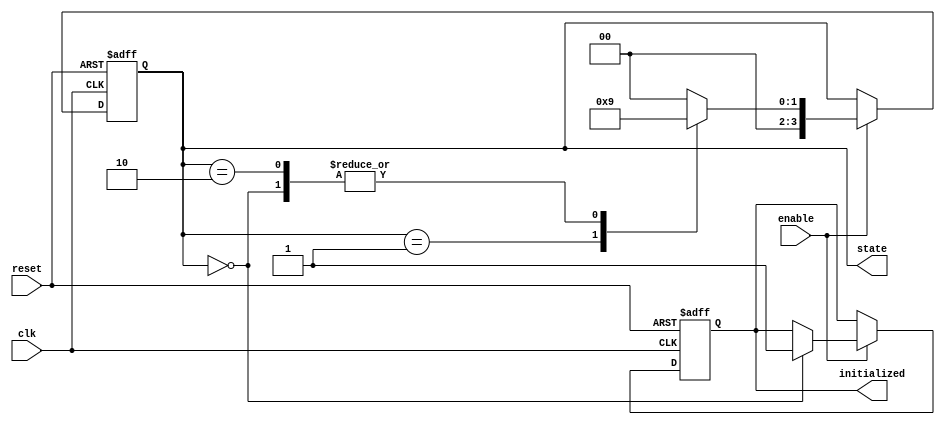
module ClockCycleInitialization (
    input wire clk,          // Clock signal
    input wire reset,        // Reset signal (active high)
    input wire enable,       // Enable signal
    output reg initialized,   // Initialization status
    output reg [3:0] state   // Current state (4-bit for example)
);

// State encoding
localparam STATE_INIT = 4'b0000; // Default initialization state
localparam STATE_READY = 4'b0001; // Ready state
localparam STATE_OTHER = 4'b0010; // Other states as needed

// Internal signal to track initialization condition
reg init_condition;

// Always block for asynchronous reset
always @(posedge clk or posedge reset) begin
    if (reset) begin
        // Reset all internal states and outputs
        initialized <= 1'b0;
        state <= STATE_INIT;
    end else if (enable) begin
        // State transition logic
        case (state)
            STATE_INIT: begin
                // Transition to ready state after initialization
                initialized <= 1'b1; // Indicate initialization is complete
                state <= STATE_READY; // Move to ready state
            end
            STATE_READY: begin
                // Additional state transitions can be defined here
                // For example, move to another state based on conditions
                state <= STATE_OTHER; // Example transition
            end
            STATE_OTHER: begin
                // Example of handling other states
                // Transition back to ready or to another state as needed
                state <= STATE_READY; // Example transition
            end
            default: begin
                // Default case to handle unexpected states
                state <= STATE_INIT; // Reset to initialization state
            end
        endcase
    end
end

endmodule